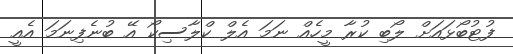
ފުޓުބޯޅައަށް ލޯބި ކުރާ މީހެއް ނަމަ އެލް ކްލާސިކޯ އޭ ބުނެފިނަމަ އެއީ